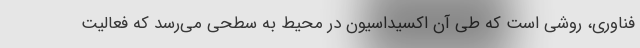
فناوری، روشی است که طی آن اکسیداسیون در محیط به سطحی می‌رسد که فعالیت